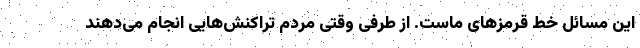
این مسائل خط قرمزهای ماست. از طرفی وقتی مردم تراکنش‌هایی انجام می‌دهند